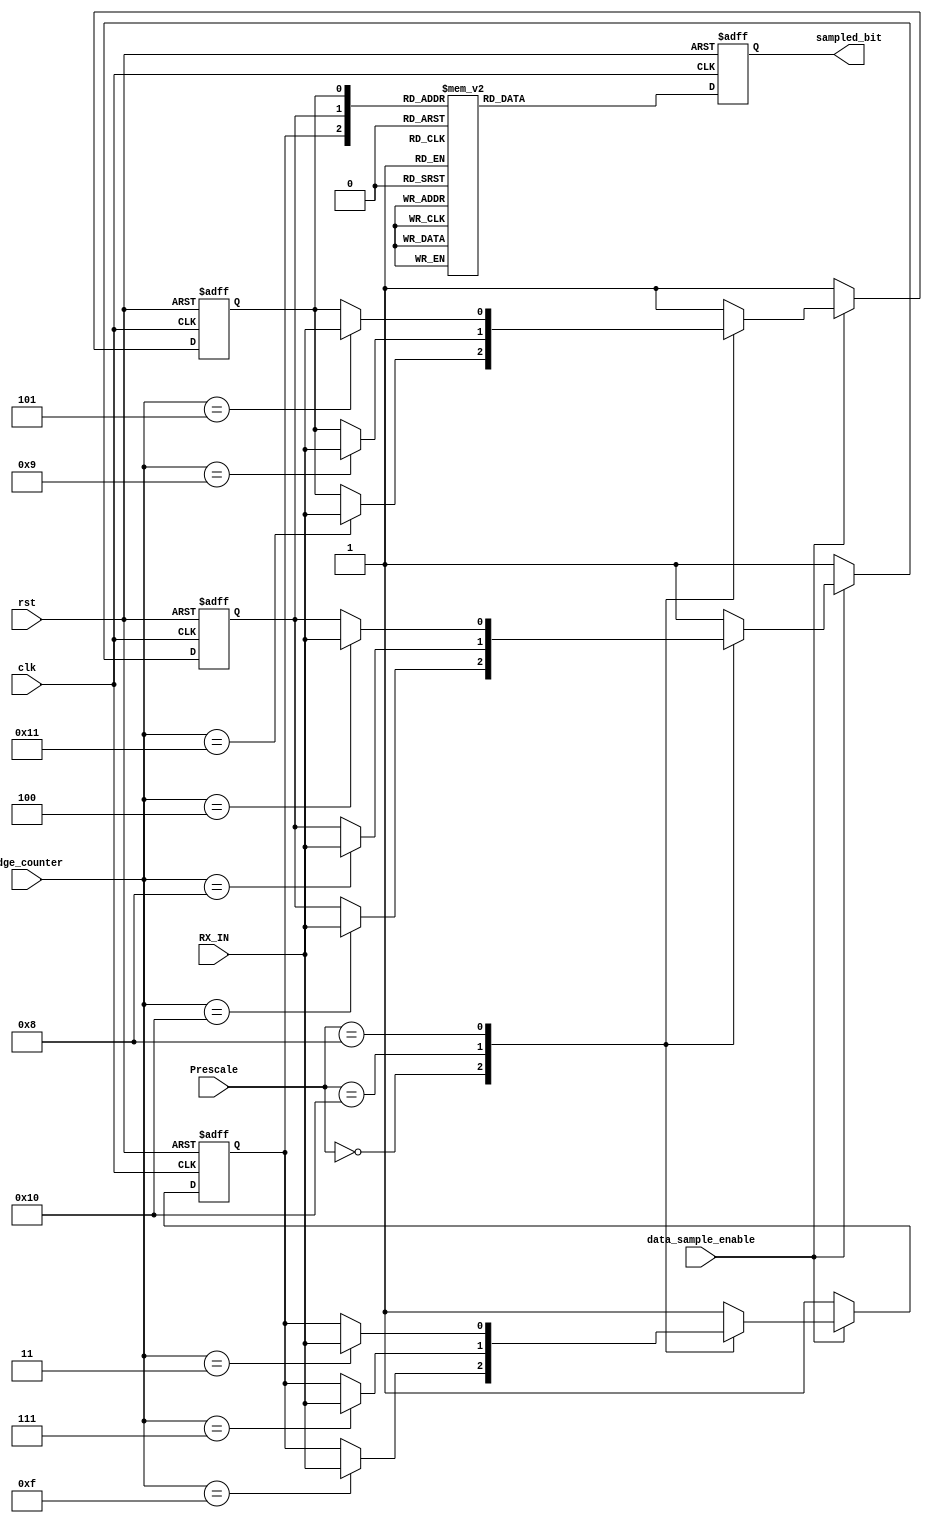
module Data_Sampling (
    input              data_sample_enable,
    input  [4:0]       edge_counter,
    input              RX_IN,
    input              clk,
    input              rst,
    input  [4:0]       Prescale,
    output  reg        sampled_bit                       
);
localparam [4:0] prescale_32 = 'd32 ;
localparam [4:0] prescale_16 = 'd16 ;
localparam [4:0] prescale_8  = 'd8  ;
reg                        sample1  ;  
reg                        sample2  ;  
reg                        sample3  ;
wire [2:0]              all_samples ;
assign all_samples = {sample1,sample2,sample3};
always @(posedge clk,negedge rst)
    begin
        if (!rst) 
            begin
                sampled_bit <= 'd1;
            end 
        else 
            begin
                case (all_samples)
                    'b000:
                        begin
                            sampled_bit <= 'd0;         
                        end
                    'b001:
                        begin
                            sampled_bit <= 'd0;
                        end
                    'b010:
                        begin
                            sampled_bit <= 'd0;
                        end
                    'b011:
                        begin
                            sampled_bit <= 'd1;
                        end
                    'b100:
                        begin
                            sampled_bit <= 'd1; 
                        end
                    'b101:
                        begin
                            sampled_bit <= 'd1;
                        end
                    'b110:
                        begin
                            sampled_bit <= 'd1;
                        end
                    'b111:
                        begin
                            sampled_bit <= 'd1;
                        end    
                    default:
                        begin
                            sampled_bit <= 'd1;
                        end 
                endcase
            end          
    end
always @(posedge clk, negedge rst) 
    begin
        if (!rst) 
            begin
                sample1 <='d1;
                sample2 <='d1;
                sample3 <='d1;
            end 
        else 
            begin
                if (data_sample_enable) 
                    begin
                        case (Prescale)
                            prescale_32:
                                begin
                                    case (edge_counter)
                                        'd15:
                                            begin
                                                sample1 <= RX_IN;
                                            end 
                                        'd16:
                                            begin
                                                sample2 <= RX_IN;
                                            end 
                                        'd17:
                                            begin
                                                sample3 <= RX_IN;
                                            end 
                                        default: 
                                            begin
                                                sample1 <=sample1;
                                                sample2 <=sample2;
                                                sample3 <=sample3;
                                            end 
                                    endcase
                                end
                            prescale_16:
                                begin
                                    case (edge_counter)
                                        'd7:
                                            begin
                                                sample1 <= RX_IN;
                                            end 
                                        'd8:
                                            begin
                                                sample2 <= RX_IN;
                                            end 
                                        'd9:
                                            begin
                                                sample3 <= RX_IN;
                                            end 
                                        default: 
                                            begin
                                                sample1 <=sample1;
                                                sample2 <=sample2;
                                                sample3 <=sample3;
                                            end 
                                    endcase
                                end 
                            prescale_8 :
                                begin
                                    case (edge_counter)
                                        'd3:
                                            begin
                                                sample1 <= RX_IN;                                            end 
                                        'd4:
                                            begin
                                                sample2 <= RX_IN;
                                            end 
                                        'd5:
                                            begin
                                                sample3 <= RX_IN;
                                            end 
                                        default: 
                                            begin
                                                sample1 <=sample1;
                                                sample2 <=sample2;
                                                sample3 <=sample3;
                                            end 
                                    endcase        
                                end  
                            default:
                                begin
                                    sample1 <='d1;
                                    sample2 <='d1;
                                    sample3 <='d1;
                                end 
                        endcase 
                    end 
                else 
                    begin
                        sample1 <='d1;
                        sample2 <='d1;
                        sample3 <='d1;
                    end
                
            end
        
    end
    
endmodule